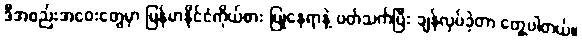
ဒီအစည်းအဝေးတွေမှာ မြန်မာနိုင်ငံကိုယ်စား ပြုနေရာနဲ့ ပတ်သက်ပြီး ချန်လှပ်ခဲ့တာ တွေ့ပါတယ်။